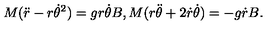
M ( \ddot { r } - r { \dot { \theta } } ^ { 2 } ) = g r \dot { \theta } B , M ( r \ddot { \theta } + 2 \dot { r } \dot { \theta } ) = - g \dot { r } B .